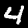
Digit: 4